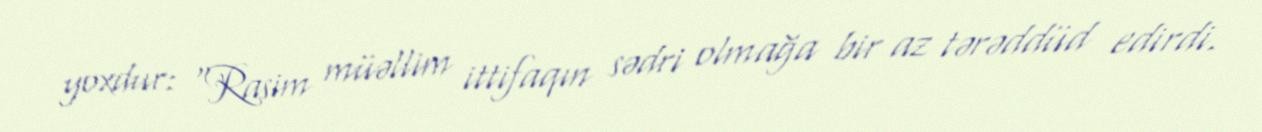
yoxdur: "Rasim müəllim ittifaqın sədri olmağa bir az tərəddüd edirdi.